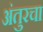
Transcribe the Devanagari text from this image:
अंतुरचा